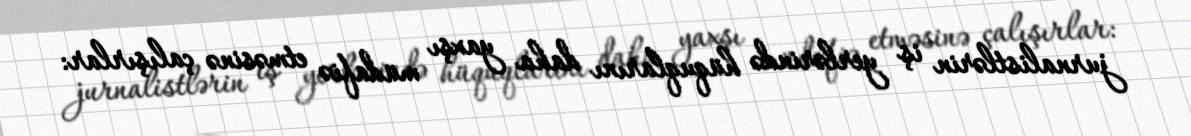
jurnalistlərin iş yerlərində hüquqlarını daha yaxşı müdafiə etməsinə çalışırlar: